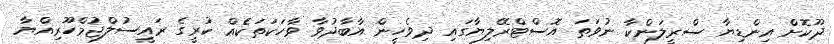
ދޫކޮށް އިންޑިޔާ ސްރީލަންކާ ނުވަތަ އޮސްޓްރޭލިޔާގައި ދިވެހީން އާބާދުވާ ވާހަކަތަކެއް ކުރީގެ ރައީސުލްޖުމްހޫރިއްޔާ